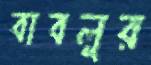
বাবলুর